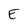
Character: E